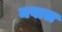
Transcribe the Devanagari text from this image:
मवाल